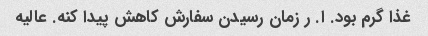
غذا گرم بود. ا. ر زمان رسیدن سفارش کاهش پیدا کنه. عالیه